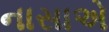
નાસાએ